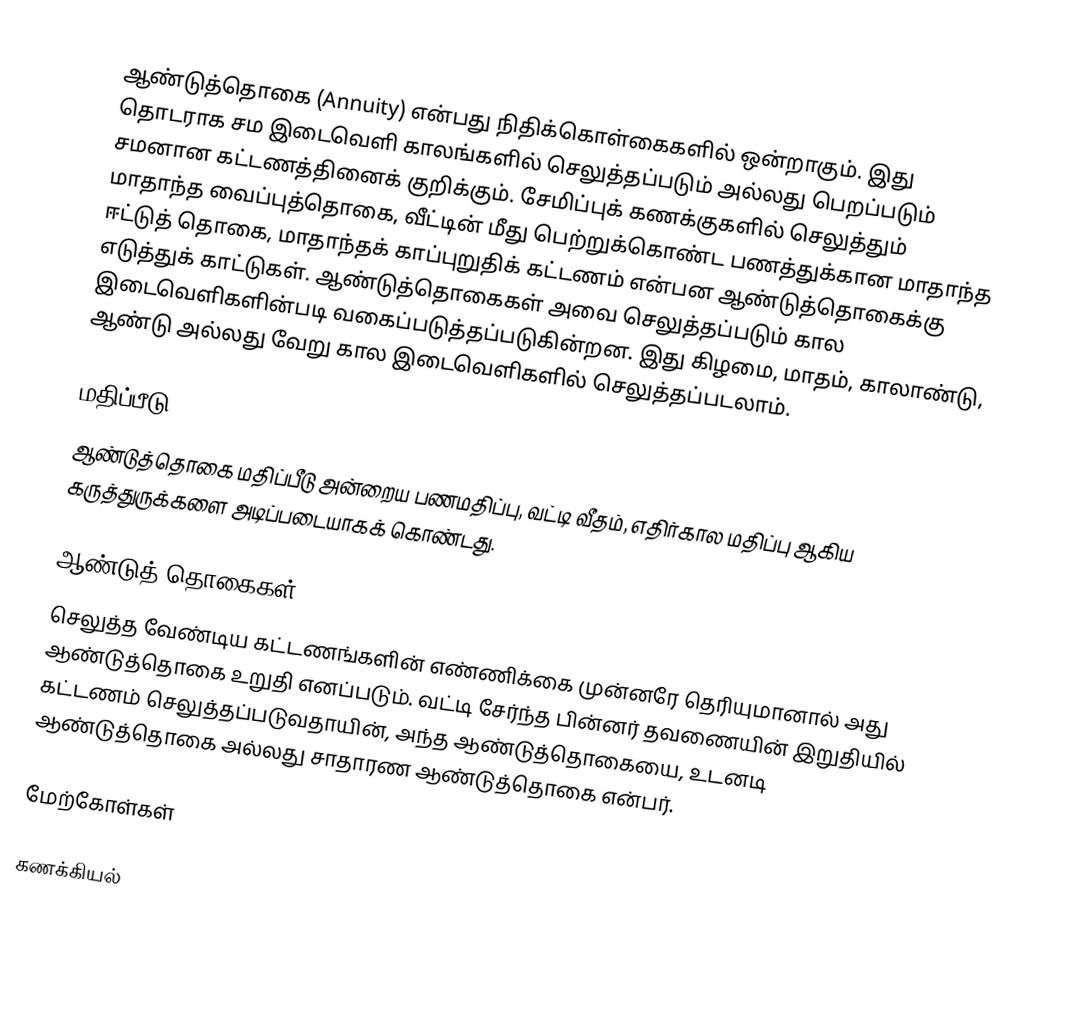
ஆண்டுத்தொகை (Annuity) என்பது நிதிக்கொள்கைகளில் ஒன்றாகும். இது தொடராக சம இடைவெளி காலங்களில் செலுத்தப்படும் அல்லது பெறப்படும் சமனான கட்டணத்தினைக் குறிக்கும். சேமிப்புக் கணக்குகளில் செலுத்தும் மாதாந்த வைப்புத்தொகை, வீட்டின் மீது பெற்றுக்கொண்ட பணத்துக்கான மாதாந்த ஈட்டுத் தொகை, மாதாந்தக் காப்புறுதிக் கட்டணம் என்பன ஆண்டுத்தொகைக்கு எடுத்துக் காட்டுகள். ஆண்டுத்தொகைகள் அவை செலுத்தப்படும் கால இடைவெளிகளின்படி வகைப்படுத்தப்படுகின்றன. இது கிழமை, மாதம், காலாண்டு, ஆண்டு அல்லது வேறு கால இடைவெளிகளில் செலுத்தப்படலாம்.

மதிப்பீடு
ஆண்டுத்தொகை மதிப்பீடு அன்றைய பணமதிப்பு, வட்டி வீதம், எதிர்கால மதிப்பு ஆகிய கருத்துருக்களை அடிப்படையாகக் கொண்டது.

ஆண்டுத் தொகைகள்
செலுத்த வேண்டிய கட்டணங்களின் எண்ணிக்கை முன்னரே தெரியுமானால் அது ஆண்டுத்தொகை உறுதி எனப்படும். வட்டி சேர்ந்த பின்னர் தவணையின் இறுதியில் கட்டணம் செலுத்தப்படுவதாயின், அந்த ஆண்டுத்தொகையை, உடனடி ஆண்டுத்தொகை அல்லது சாதாரண ஆண்டுத்தொகை என்பர்.

மேற்கோள்கள்

கணக்கியல்